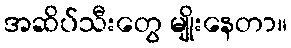
အဆိပ်သီးတွေ မျိုးနေတာ။